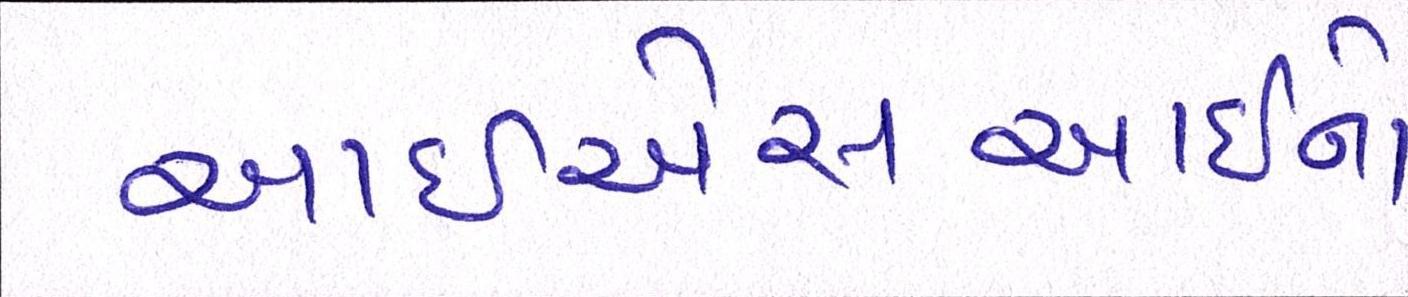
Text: આઇએસઆઇનો